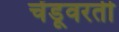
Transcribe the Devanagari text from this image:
चेंडूवरती